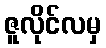
ဇူလိုင်လမှ